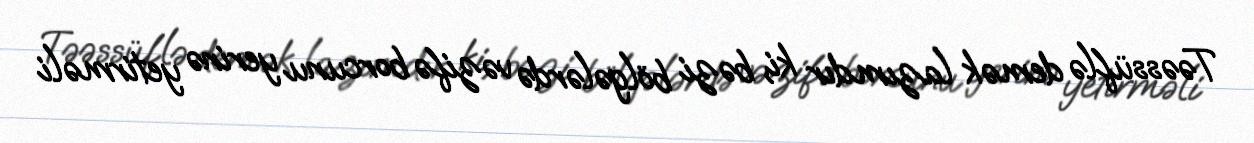
Təəssüflə demək lazımdır ki, bəzi bölgələrdə vəzifə borcunu yerinə yetirməli